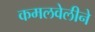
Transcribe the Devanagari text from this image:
कमलवेलीने